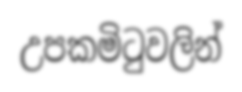
උපකමිටුවලින්